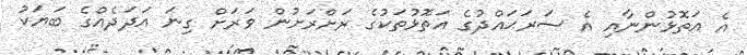
އެ އަތޮޅުންނާއި އެ ސަރަޙައްދުގެ އަތޮޅުތަކުގެ ރަށްރަށުން ވަރަށް ގިނަ އަދަދެއްގެ ބަޔަކު